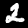
Digit: 2